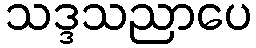
သဒ္ဒသညာပေ